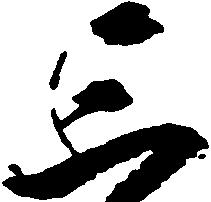
三